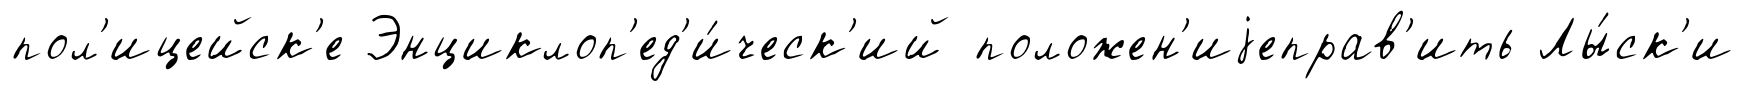
пол'ицейск'е Энциклоп'ед'и́ческ'ий положен'иjеправ'ить Лы́ск'и